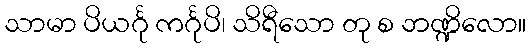
သာမာ ပိယင်္ဂု ကင်္ဂုပိ၊ သိရီသော တု စ ဘဏ္ဍိလော။